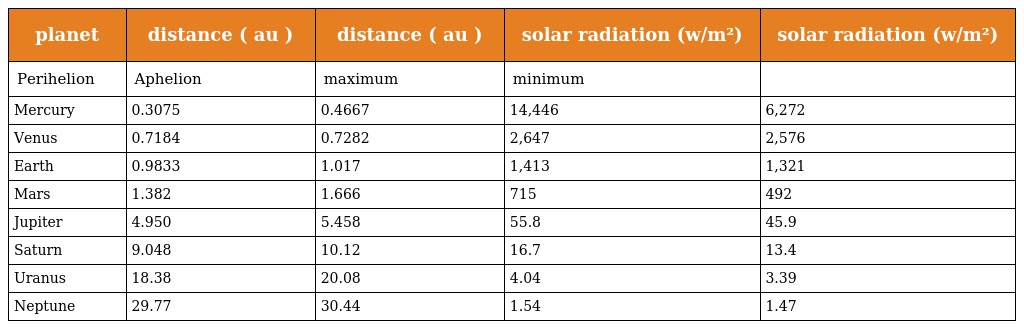
| planet | distance ( au ) | distance ( au ) | solar radiation (w/m²) | solar radiation (w/m²) |
 | --- | --- | --- | --- | --- |
 | Perihelion | Aphelion | maximum | minimum |  |
 | Mercury | 0.3075 | 0.4667 | 14,446 | 6,272 |
 | Venus | 0.7184 | 0.7282 | 2,647 | 2,576 |
 | Earth | 0.9833 | 1.017 | 1,413 | 1,321 |
 | Mars | 1.382 | 1.666 | 715 | 492 |
 | Jupiter | 4.950 | 5.458 | 55.8 | 45.9 |
 | Saturn | 9.048 | 10.12 | 16.7 | 13.4 |
 | Uranus | 18.38 | 20.08 | 4.04 | 3.39 |
 | Neptune | 29.77 | 30.44 | 1.54 | 1.47 |